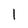
Character: 1